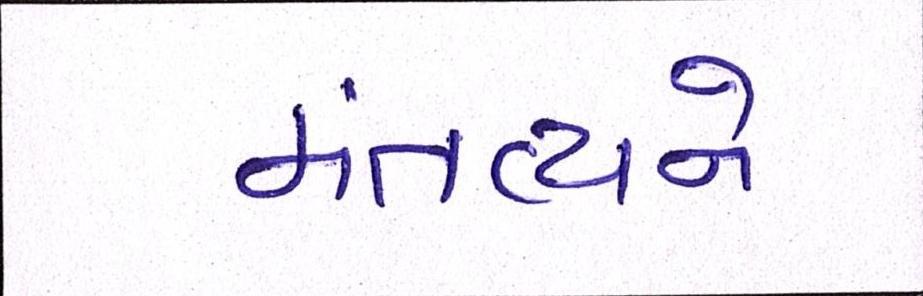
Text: મંતવ્યને